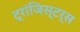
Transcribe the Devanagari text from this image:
ट्रांजिस्टर्स